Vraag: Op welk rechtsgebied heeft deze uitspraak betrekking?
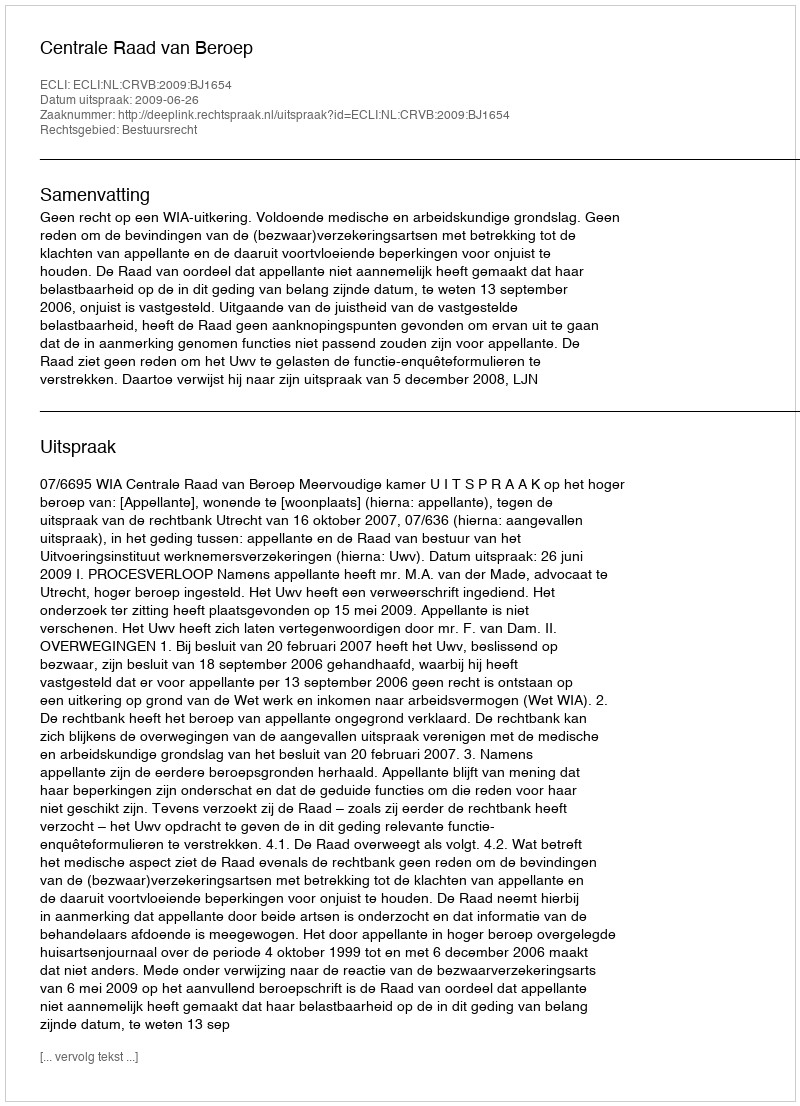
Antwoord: Bestuursrecht